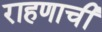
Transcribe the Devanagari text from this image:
राहणाची